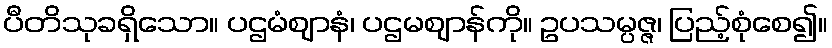
ပီတိသုခရှိသော။ ပဌမံဈာနံ၊ ပဌမဈာန်ကို။ ဥပသမ္ပဇ္ဇ၊ ပြည့်စုံစေ၍။